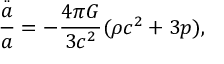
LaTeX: \frac { \stackrel { . . } { a } } { a } = - \frac { 4 \pi G } { 3 c ^ { 2 } } ( \rho c ^ { 2 } + 3 p ) ,